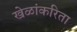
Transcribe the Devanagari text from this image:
खेळांकरिता